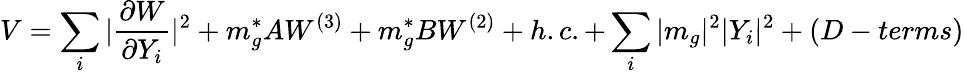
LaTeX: V=\sum_{i}|\frac{\partial W}{\partial Y_{i}}|^{2}+m_{g}^{*}AW^{(3)}+m_{g}^{*}BW^{(2)}+h.c.+\sum_{i}|m_{g}|^{2}|Y_{i}|^{2}+(D-terms)